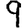
Digit: 9